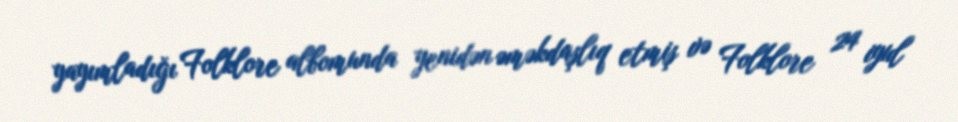
yayımladığı Folklore albomunda yenidən əməkdaşlıq etmiş və Folklore 24 iyul